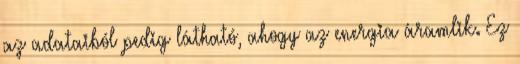
az adataiból pedig látható, ahogy az energia áramlik. Ez